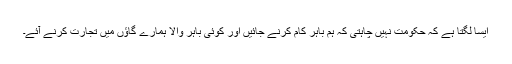
ایسا لگتا ہے کہ حکومت نہیں چاہتی کہ ہم باہر کام کرنے جائیں اور کوئی باہر والا ہمارے گاؤں میں تجارت کرنے آئے۔